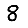
Digit: 8